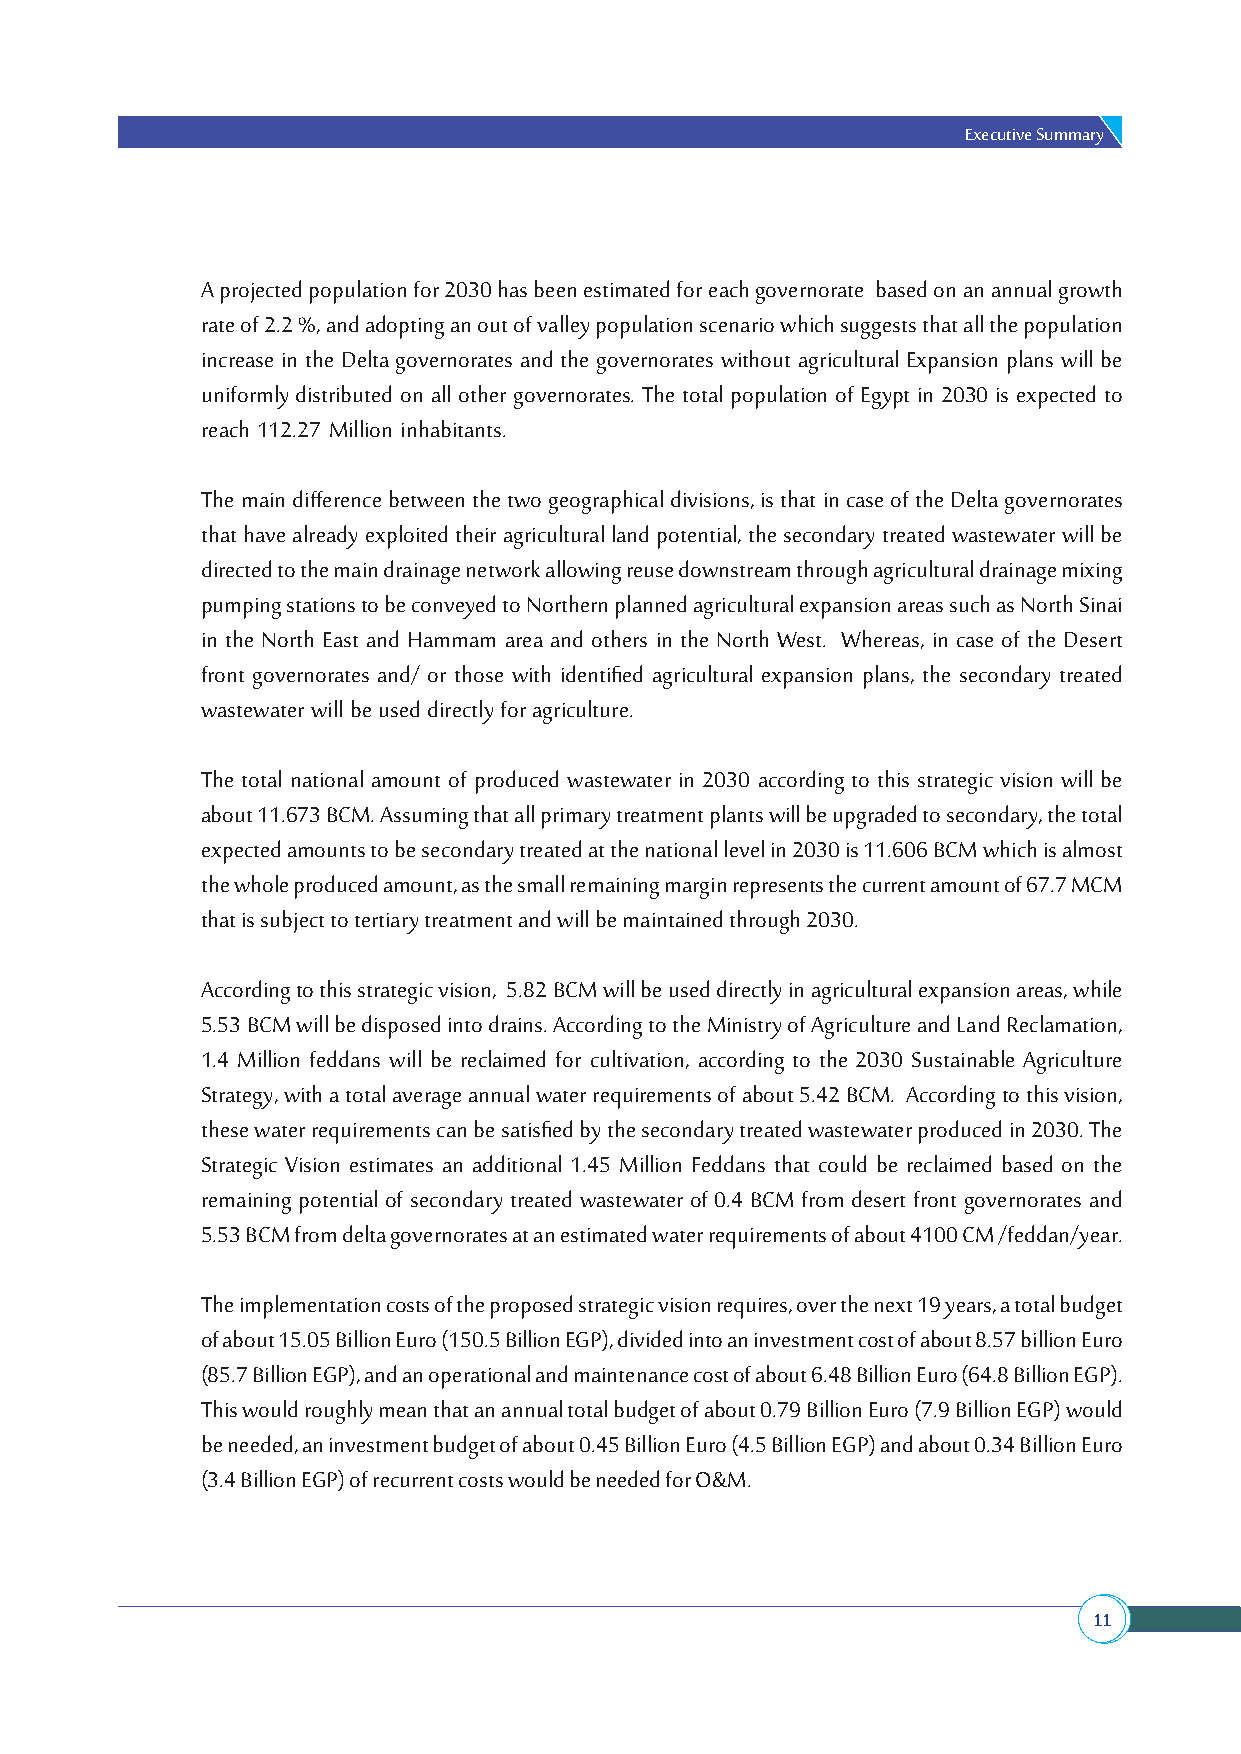
Executive Summary
 A projected population for 2030 has been estimated for each governorate based on an annual growth
 rate of 2.2 %, and adopting an out of valley population scenario which suggests that all the population
 increase in the Delta governorates and the governorates without agricultural Expansion plans will be
 uniformly distributed on all other governorates. The total population of Egypt in 2030 is expected to
 reach 112.27 Million inhabitants.
 The main difference between the two geographical divisions, is that in case of the Delta governorates
 that have already exploited their agricultural land potential, the secondary treated wastewater will be
 directed to the main drainage network allowing reuse downstream through agricultural drainage mixing
 pumping stations to be conveyed to Northern planned agricultural expansion areas such as North Sinai
 in the North East and Hammam area and others in the North West. Whereas, in case of the Desert
 front governorates and/ or those with identified agricultural expansion plans, the secondary treated
 wastewater will be used directly for agriculture.
 The total national amount of produced wastewater in 2030 according to this strategic vision will be
 about 11.673 BCM. Assuming that all primary treatment plants will be upgraded to secondary, the total
 expected amounts to be secondary treated at the national level in 2030 is 11.606 BCM which is almost
 the whole produced amount, as the small remaining margin represents the current amount of 67.7 MCM
 that is subject to tertiary treatment and will be maintained through 2030.
 According to this strategic vision, 5.82 BCM will be used directly in agricultural expansion areas, while
 5.53 BCM will be disposed into drains. According to the Ministry of Agriculture and Land Reclamation,
 1.4 Million feddans will be reclaimed for cultivation, according to the 2030 Sustainable Agriculture
 Strategy, with a total average annual water requirements of about 5.42 BCM. According to this vision,
 these water requirements can be satisfied by the secondary treated wastewater produced in 2030. The
 Strategic Vision estimates an additional 1.45 Million Feddans that could be reclaimed based on the
 remaining potential of secondary treated wastewater of 0.4 BCM from desert front governorates and
 5.53 BCM from delta governorates at an estimated water requirements of about 4100 CM /feddan/year.
 The implementation costs of the proposed strategic vision requires, over the next 19 years, a total budget
 of about 15.05 Billion Euro (150.5 Billion EGP), divided into an investment cost of about 8.57 billion Euro
 (85.7 Billion EGP), and an operational and maintenance cost of about 6.48 Billion Euro (64.8 Billion EGP).
 This would roughly mean that an annual total budget of about 0.79 Billion Euro (7.9 Billion EGP) would
 be needed, an investment budget of about 0.45 Billion Euro (4.5 Billion EGP) and about 0.34 Billion Euro
 (3.4 Billion EGP) of recurrent costs would be needed for O&M.
 11